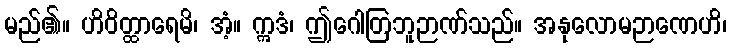
မည်၏။ ဟိဝိတ္ထာရေမိ၊ အံ့။ ဣဒံ၊ ဤဂေါတြဘူဉာဏ်သည်။ အနုလောမဉာဏေဟိ၊